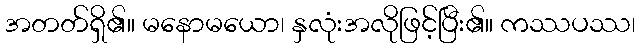
အတတ်ရှိ၏။ မနောမယော၊ နှလုံးအလိုဖြင့်ပြီး၏။ ကဿပဿ၊